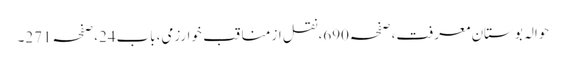
حوالہ بوستانِ معرفت،صفحہ690،نقل از مناقب ِ خوارزمی،باب24،صفحہ271۔